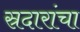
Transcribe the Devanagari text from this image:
स्रदारांचा